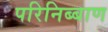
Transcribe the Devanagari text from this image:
परिनिब्बाण